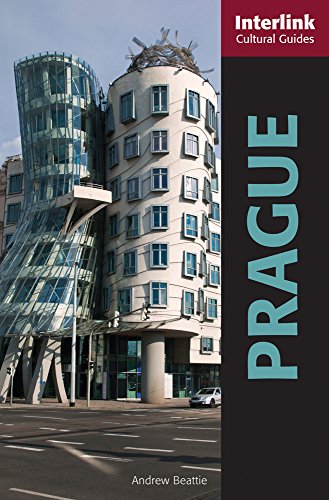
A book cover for Prague: A Cutlural Guide (Interlink Cultural Guides); Andrew Beattie; Travel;